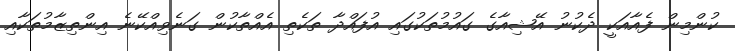
ކުންމިން ފެއާއަކީ ދެކުނު އޭޝިއާގެ ގައުމުތަކުގައި އުފައްދާ ތަކެތި އެއްތާކުން ގަނެވިއްކޭނެ އިންތިޒާމުތަކާއި